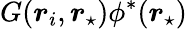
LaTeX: G(\boldsymbol{r}_{i},\boldsymbol{r}_{\star})\phi^{*}(\boldsymbol{r}_{\star})